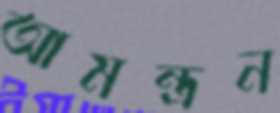
আমন্ত্রন